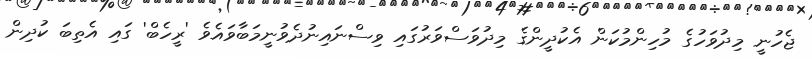
ޖެހުނީ މިދުވަހުގެ މުހިންމުކަން އެކުދީންގެ މިދުވަސްވަރުގައި ވިސްނައިނުދެވުނީމަބާވައެވެ 'ރީހެބް' ގައި އެތިބަ ކުދިން